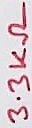
Text: 3.3KΩ